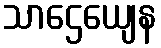
သာဌေယျေန